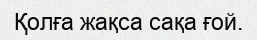
Қолға жақса сақа ғой.